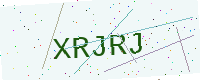
Text: XRJRJ